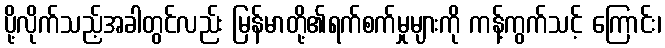
ပို့လိုက်သည့်အခါတွင်လည်း မြန်မာတို့၏ရက်စက်မှုများကို ကန့်ကွက်သင့် ကြောင်း၊